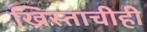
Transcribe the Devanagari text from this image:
ख्रिस्ताचीही